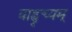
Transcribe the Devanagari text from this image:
वाह्वृच्यम्